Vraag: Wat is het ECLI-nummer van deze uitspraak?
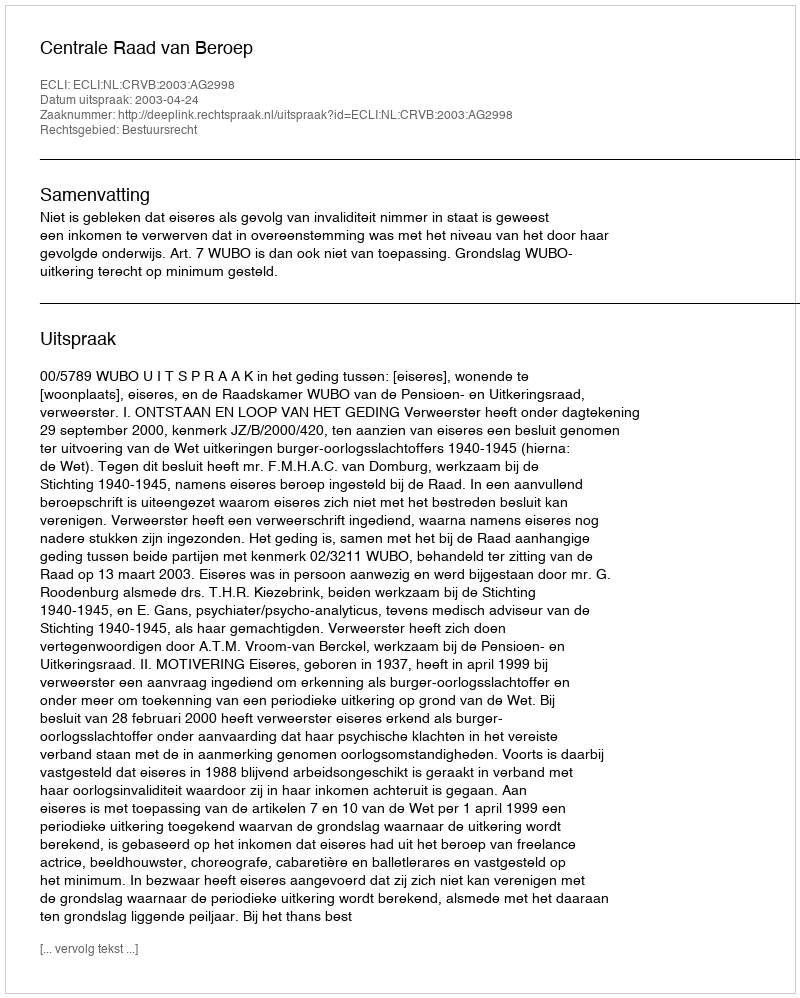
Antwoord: ECLI:NL:CRVB:2003:AG2998